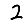
Digit: 2